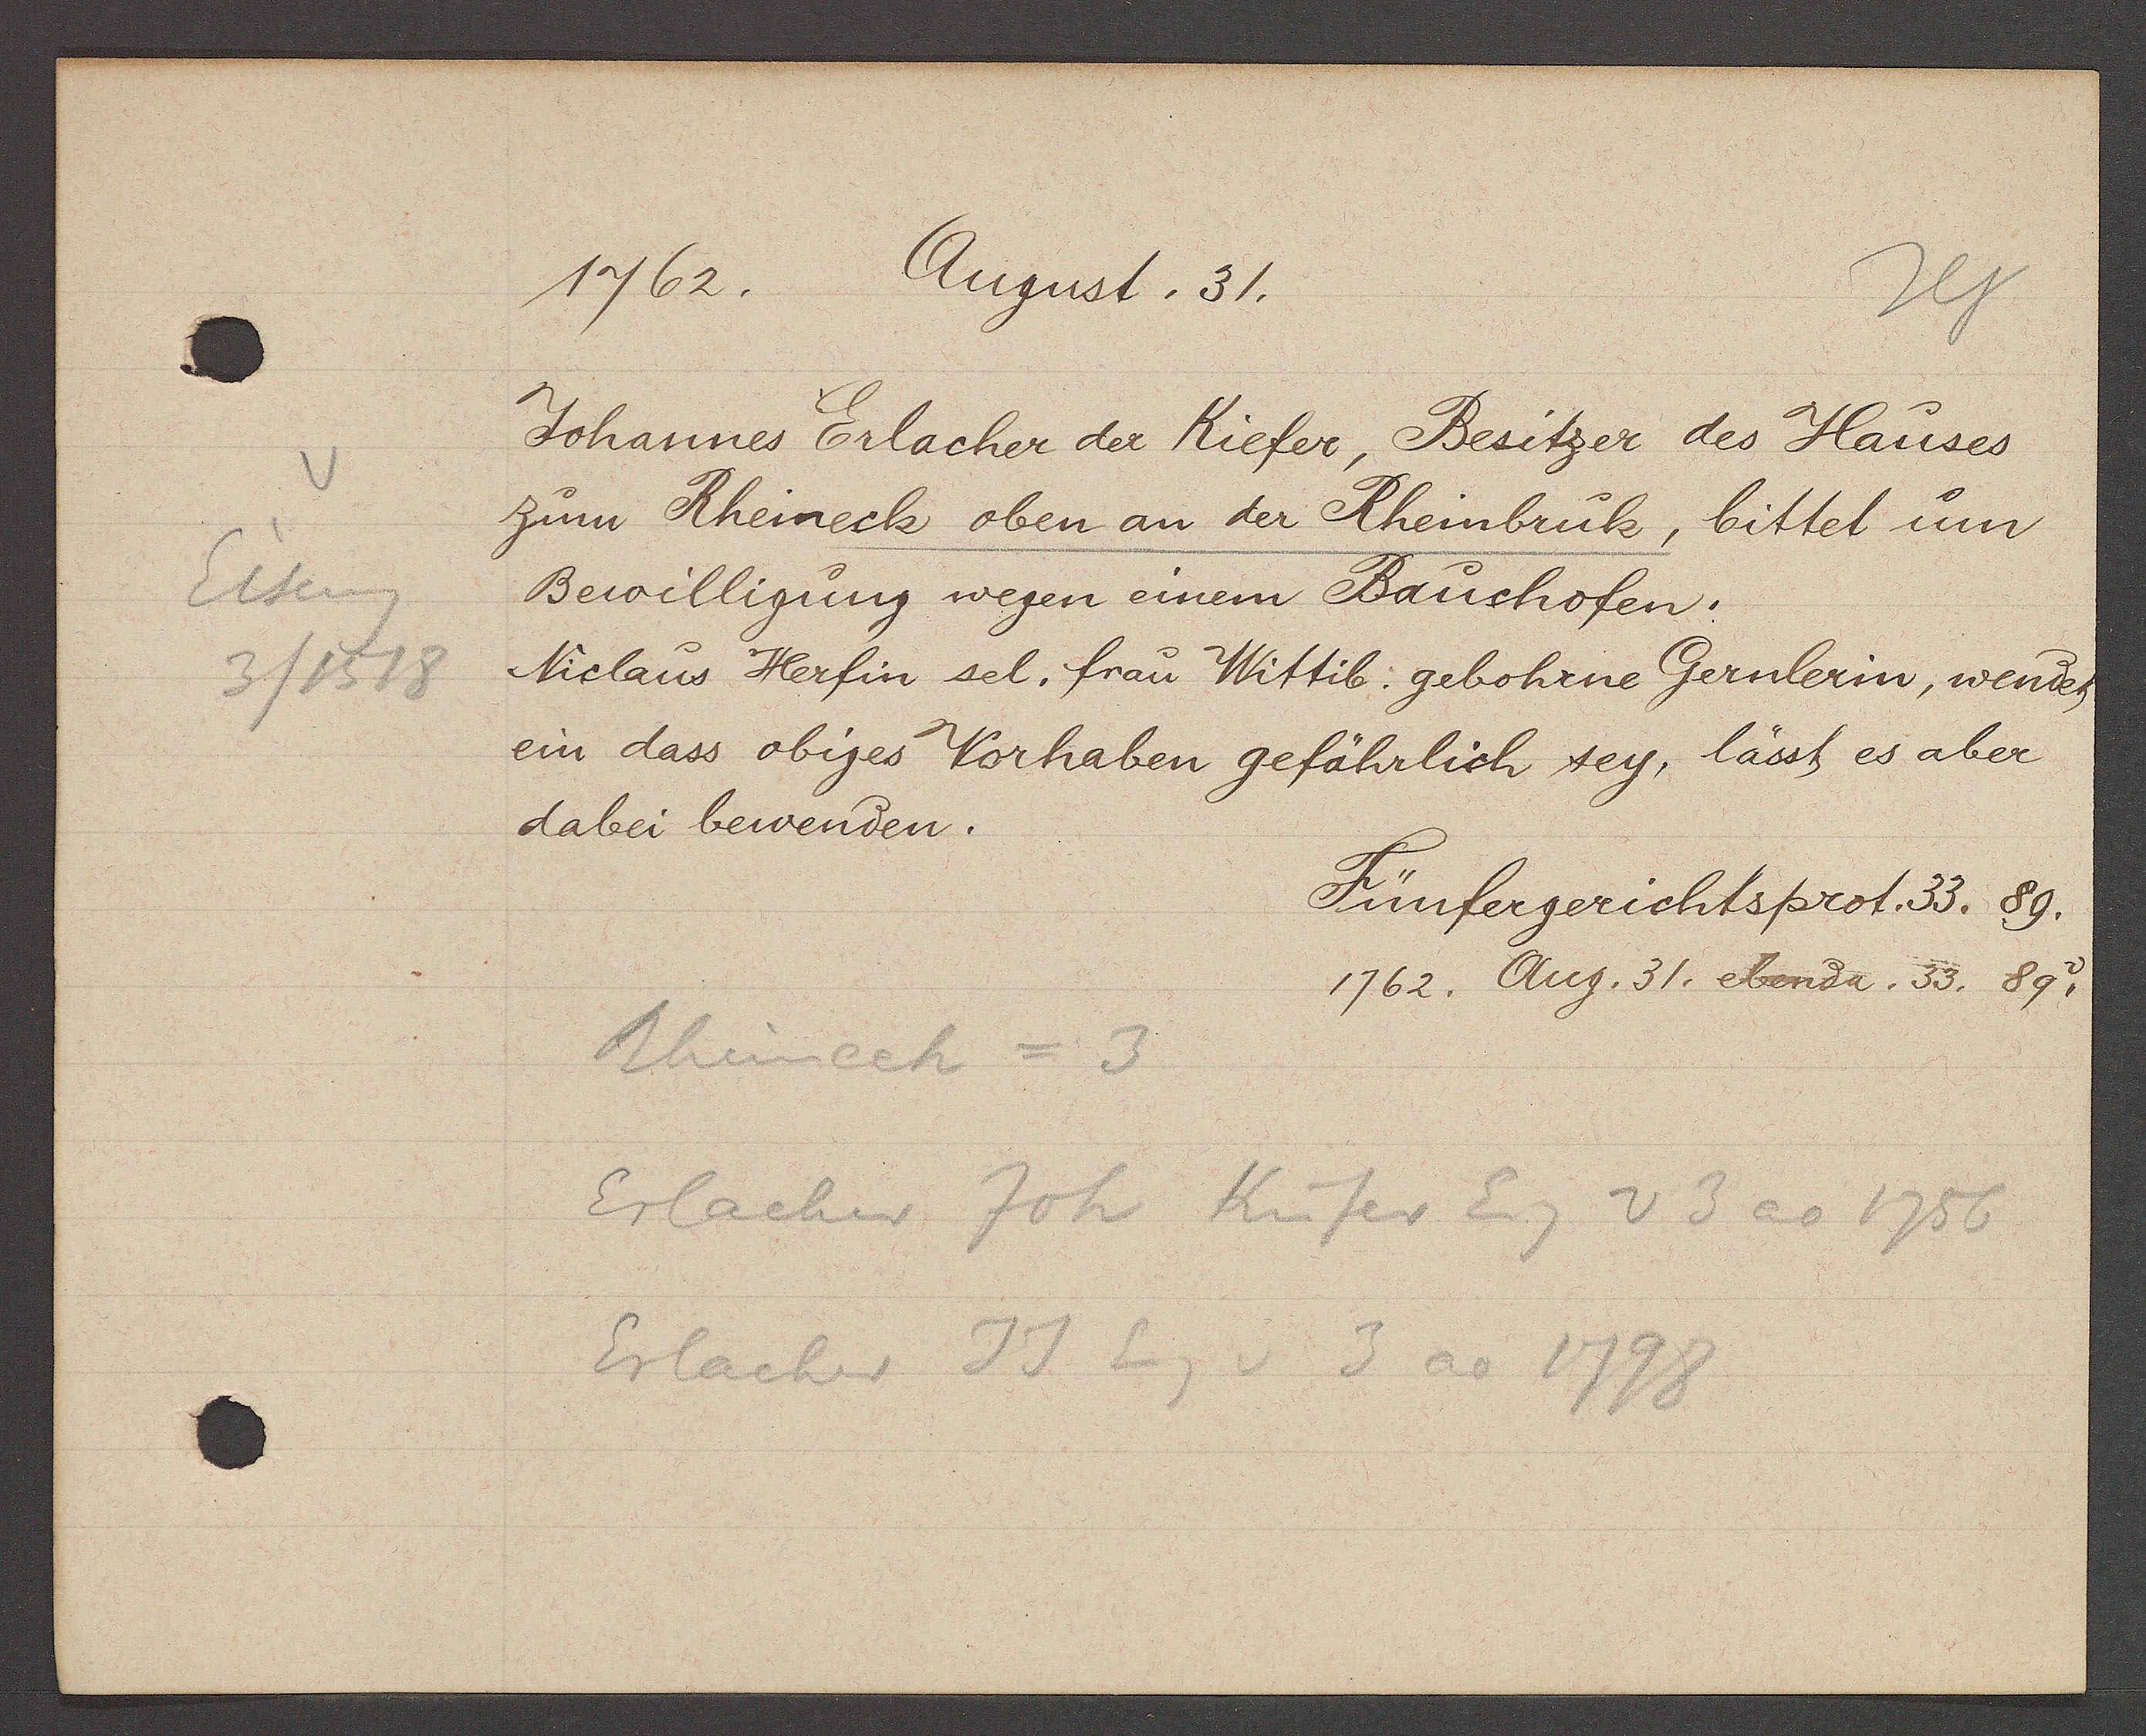
Transcript:
Eiseng
3 / 1518

1762.
Angust. 31.

Johannes Erlacher der Kiefer, Besitzer des Hauses
zum Rheineck oben an der Rheinbruk, bittet um
Bewilligung wegen einem Bauchofen.
Niclaus Herfin sel. frau Wittib gebohrne Gernlerin, wendet
ein dass obiges Vorhaben gefährlich sey, lässt es aber
dabei bewenden.

Fünfergerichtsprot. 33. 89
1762. Aug. 31. ebenda. 33. 89. v

Rheinech = 3
Erlacher Joh Küfer Eg v 3 ao 1756
Erlacher JJ Eg v 3 ao 1798